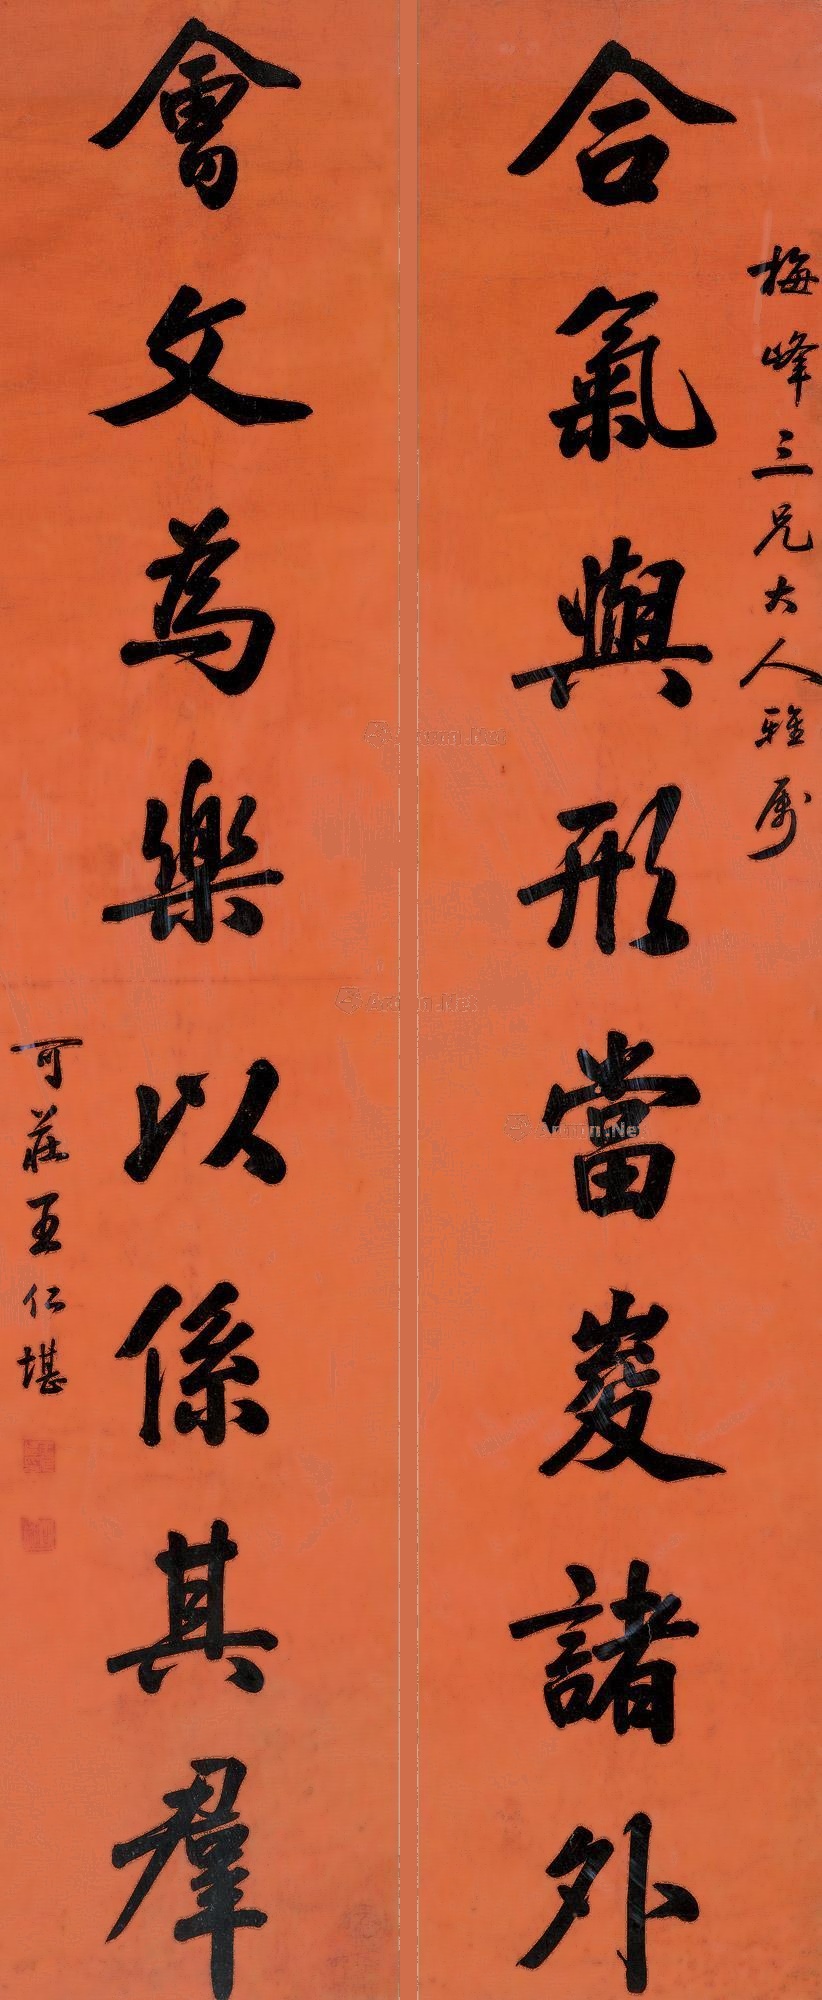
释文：合气与形当峻诸外，会文为乐以系其群。梅峰三兄大人雅属。可庄王仁堪。